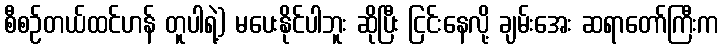
စီစဉ်တယ်ထင်ဟန် တူပါရဲ့) မပေးနိုင်ပါဘူး ဆိုပြီး ငြင်းနေလို့ ချမ်းအေး ဆရာတော်ကြီးက